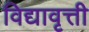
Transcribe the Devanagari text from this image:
विद्यावृत्ती